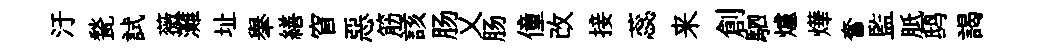
汙甃試薇灘址𦦙繕窅惡筋該肠乂肠僮改接蕊来創駟爐燁奮監胝鸱謁